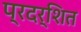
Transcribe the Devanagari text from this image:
प्रदर्शित